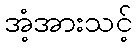
အံ့အားသင့်